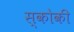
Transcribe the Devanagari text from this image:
स्‍कोकी